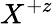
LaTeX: X^{+z}